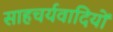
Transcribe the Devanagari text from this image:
साहचर्यवादियों